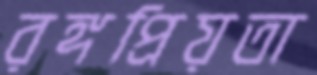
রঙ্গপ্রিয়তা